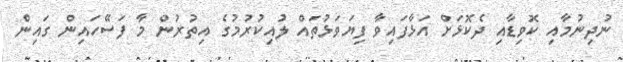
ނުދިނުމާއި ކޮވިޑާއި ދެކޮޅަށް އަޅާފައިވާ ފިޔަވަޅުތައް ލުއިކުރުމުގެ އިތުރުން މާ ފަސޭހައިން ގައިން